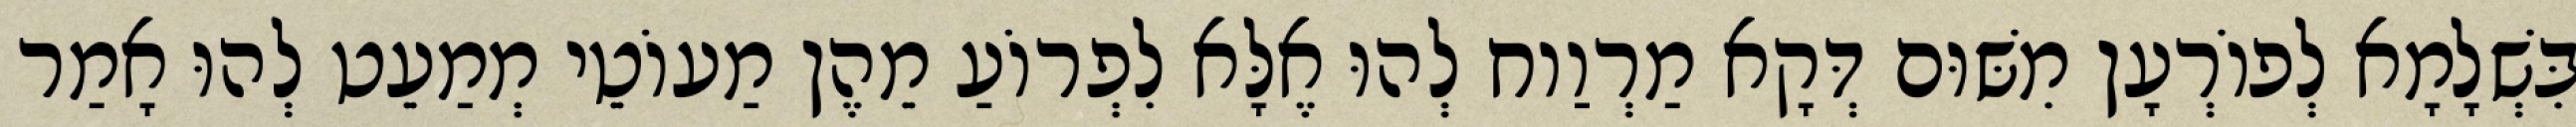
בִּשְׁלָמָא לְפוֹרְעָן מִשּׁוּם דְּקָא מַרְוַוח לְהוּ אֶלָּא לִפְרוֹעַ מֵהֶן מַעוֹטֵי מְמַעֵט לְהוּ אָמַר